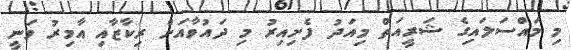
މި މައްސަލައިގެ ޝަރީއަތް މިއަދު ފެށިއިރު މި ދައުވާއަށް ރިކާޒާއި އާމިރު ވަނީ